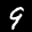
Label: 9